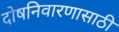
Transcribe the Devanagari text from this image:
दोषनिवारणासाठी